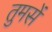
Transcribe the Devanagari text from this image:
तुमसें